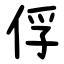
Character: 俘